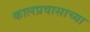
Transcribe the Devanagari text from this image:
कालप्रवासाच्या